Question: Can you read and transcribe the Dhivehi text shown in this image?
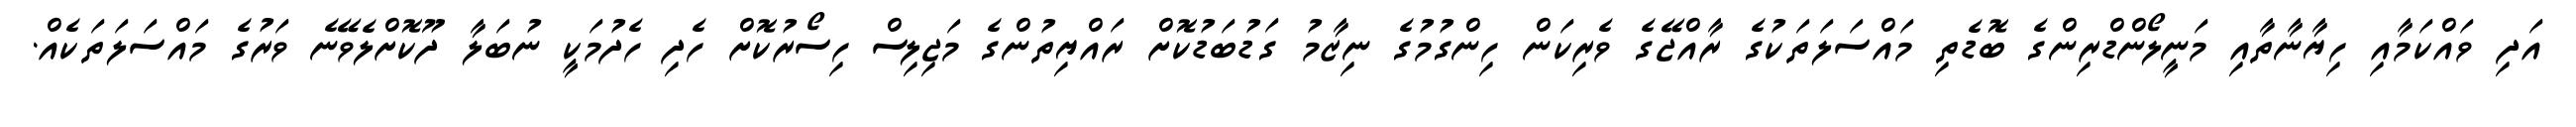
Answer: އަދި ވައްކަމާއި ހިޔާނާތާއި މަނީލޯންޑްރިންގެ ބޮޑެތި މައްސަލަތަކުގެ ރާއްޖޭގެ ވެރިކަން ހިންގުމުގެ ނިޒާމު ގަޑުބަޑުކޮށް ރައްޔިތުންގެ މަޖިލިސް ހިސޯރުކޮށް ހެދި ހެދުމަކީ ނުބަލާ ދޫކޮށްލެވޭނެ ވަރުގެ މައްސަލަތަކެއް.